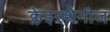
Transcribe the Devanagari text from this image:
क्लेइस्थेनीज